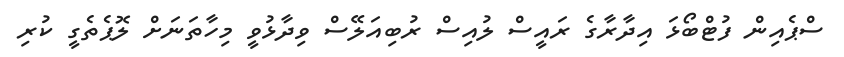
ސްޕެއިން ފުޓްބޯޅަ އިދާރާގެ ރައީސް ލުއިސް ރުބިއަލޭސް ވިދާޅުވީ މިހާތަނަށް ލޮޕެތެގީ ކުރި